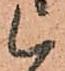
候